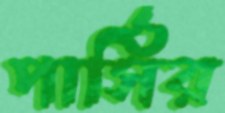
পার্সির